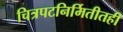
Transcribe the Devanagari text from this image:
चित्रपटनिर्मितीतही